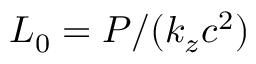
{ \cal L } _ { 0 } = { \cal P } / ( k _ { z } c ^ { 2 } )